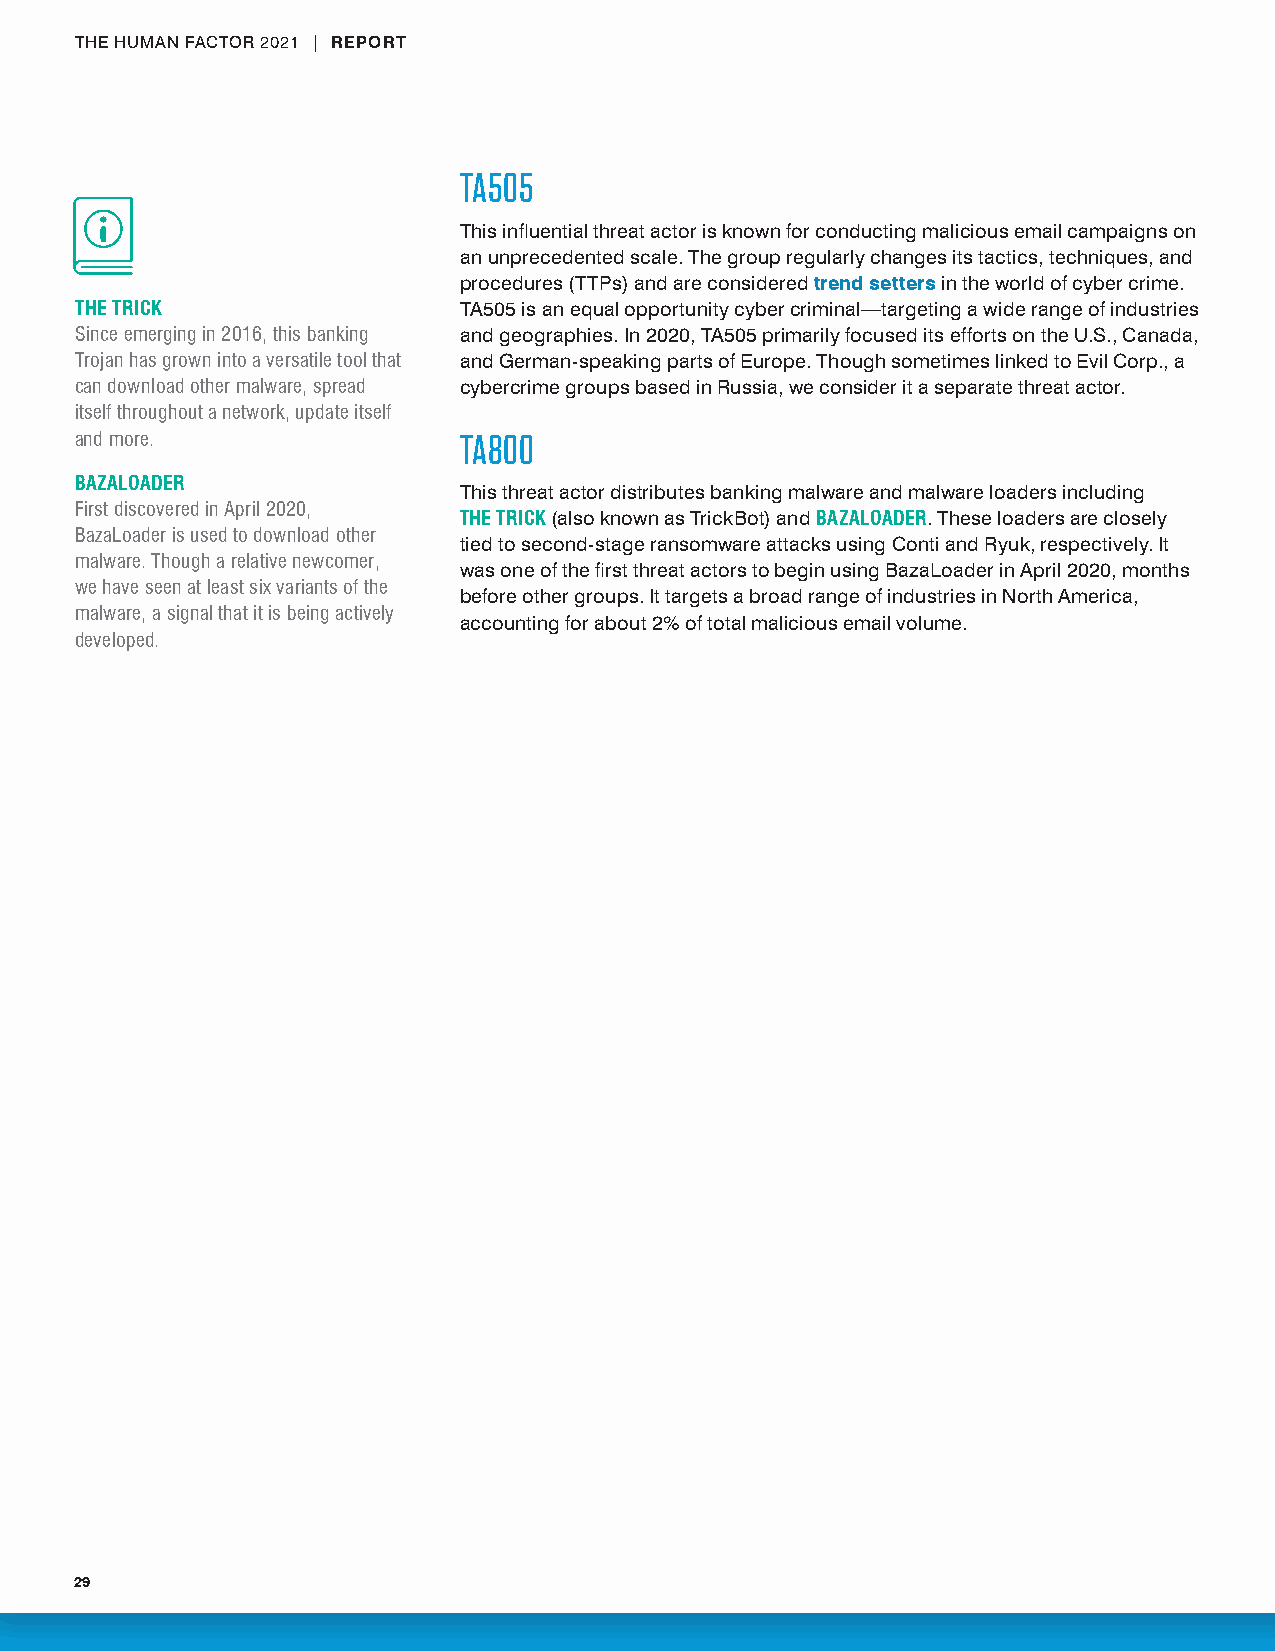
THE HUMAN FACTOR 2021 | REPORT
 TA505
 This influential threat actor is known for conducting malicious email campaigns on
 an unprecedented scale. The group regularly changes its tactics, techniques, and
 procedures (TTPs) and are considered trend setters in the world of cyber crime.
 THE TRICK                TA505 is an equal opportunity cyber criminal—targeting a wide range of industries
 Since emerging in 2016, this banking and geographies. In 2020, TA505 primarily focused its efforts on the U.S., Canada,
 Trojan has grown into a versatile tool that and German-speaking parts of Europe. Though sometimes linked to Evil Corp., a
 can download other malware, spread cybercrime groups based in Russia, we consider it a separate threat actor.
 itself throughout a network, update itself
 and more .               TA800
 BAZALOADER
 This threat actor distributes banking malware and malware loaders including
 First discovered in April 2020,
 THE TRICK (also known as TrickBot) and BAZALOADER. These loaders are closely
 BazaLoader is used to download other
 tied to second-stage ransomware attacks using Conti and Ryuk, respectively. It
 malware . Though a relative newcomer,
 was one of the first threat actors to begin using BazaLoader in April 2020, months
 we have seen at least six variants of the
 before other groups. It targets a broad range of industries in North America,
 malware, a signal that it is being actively
 accounting for about 2% of total malicious email volume.
 developed .
 29